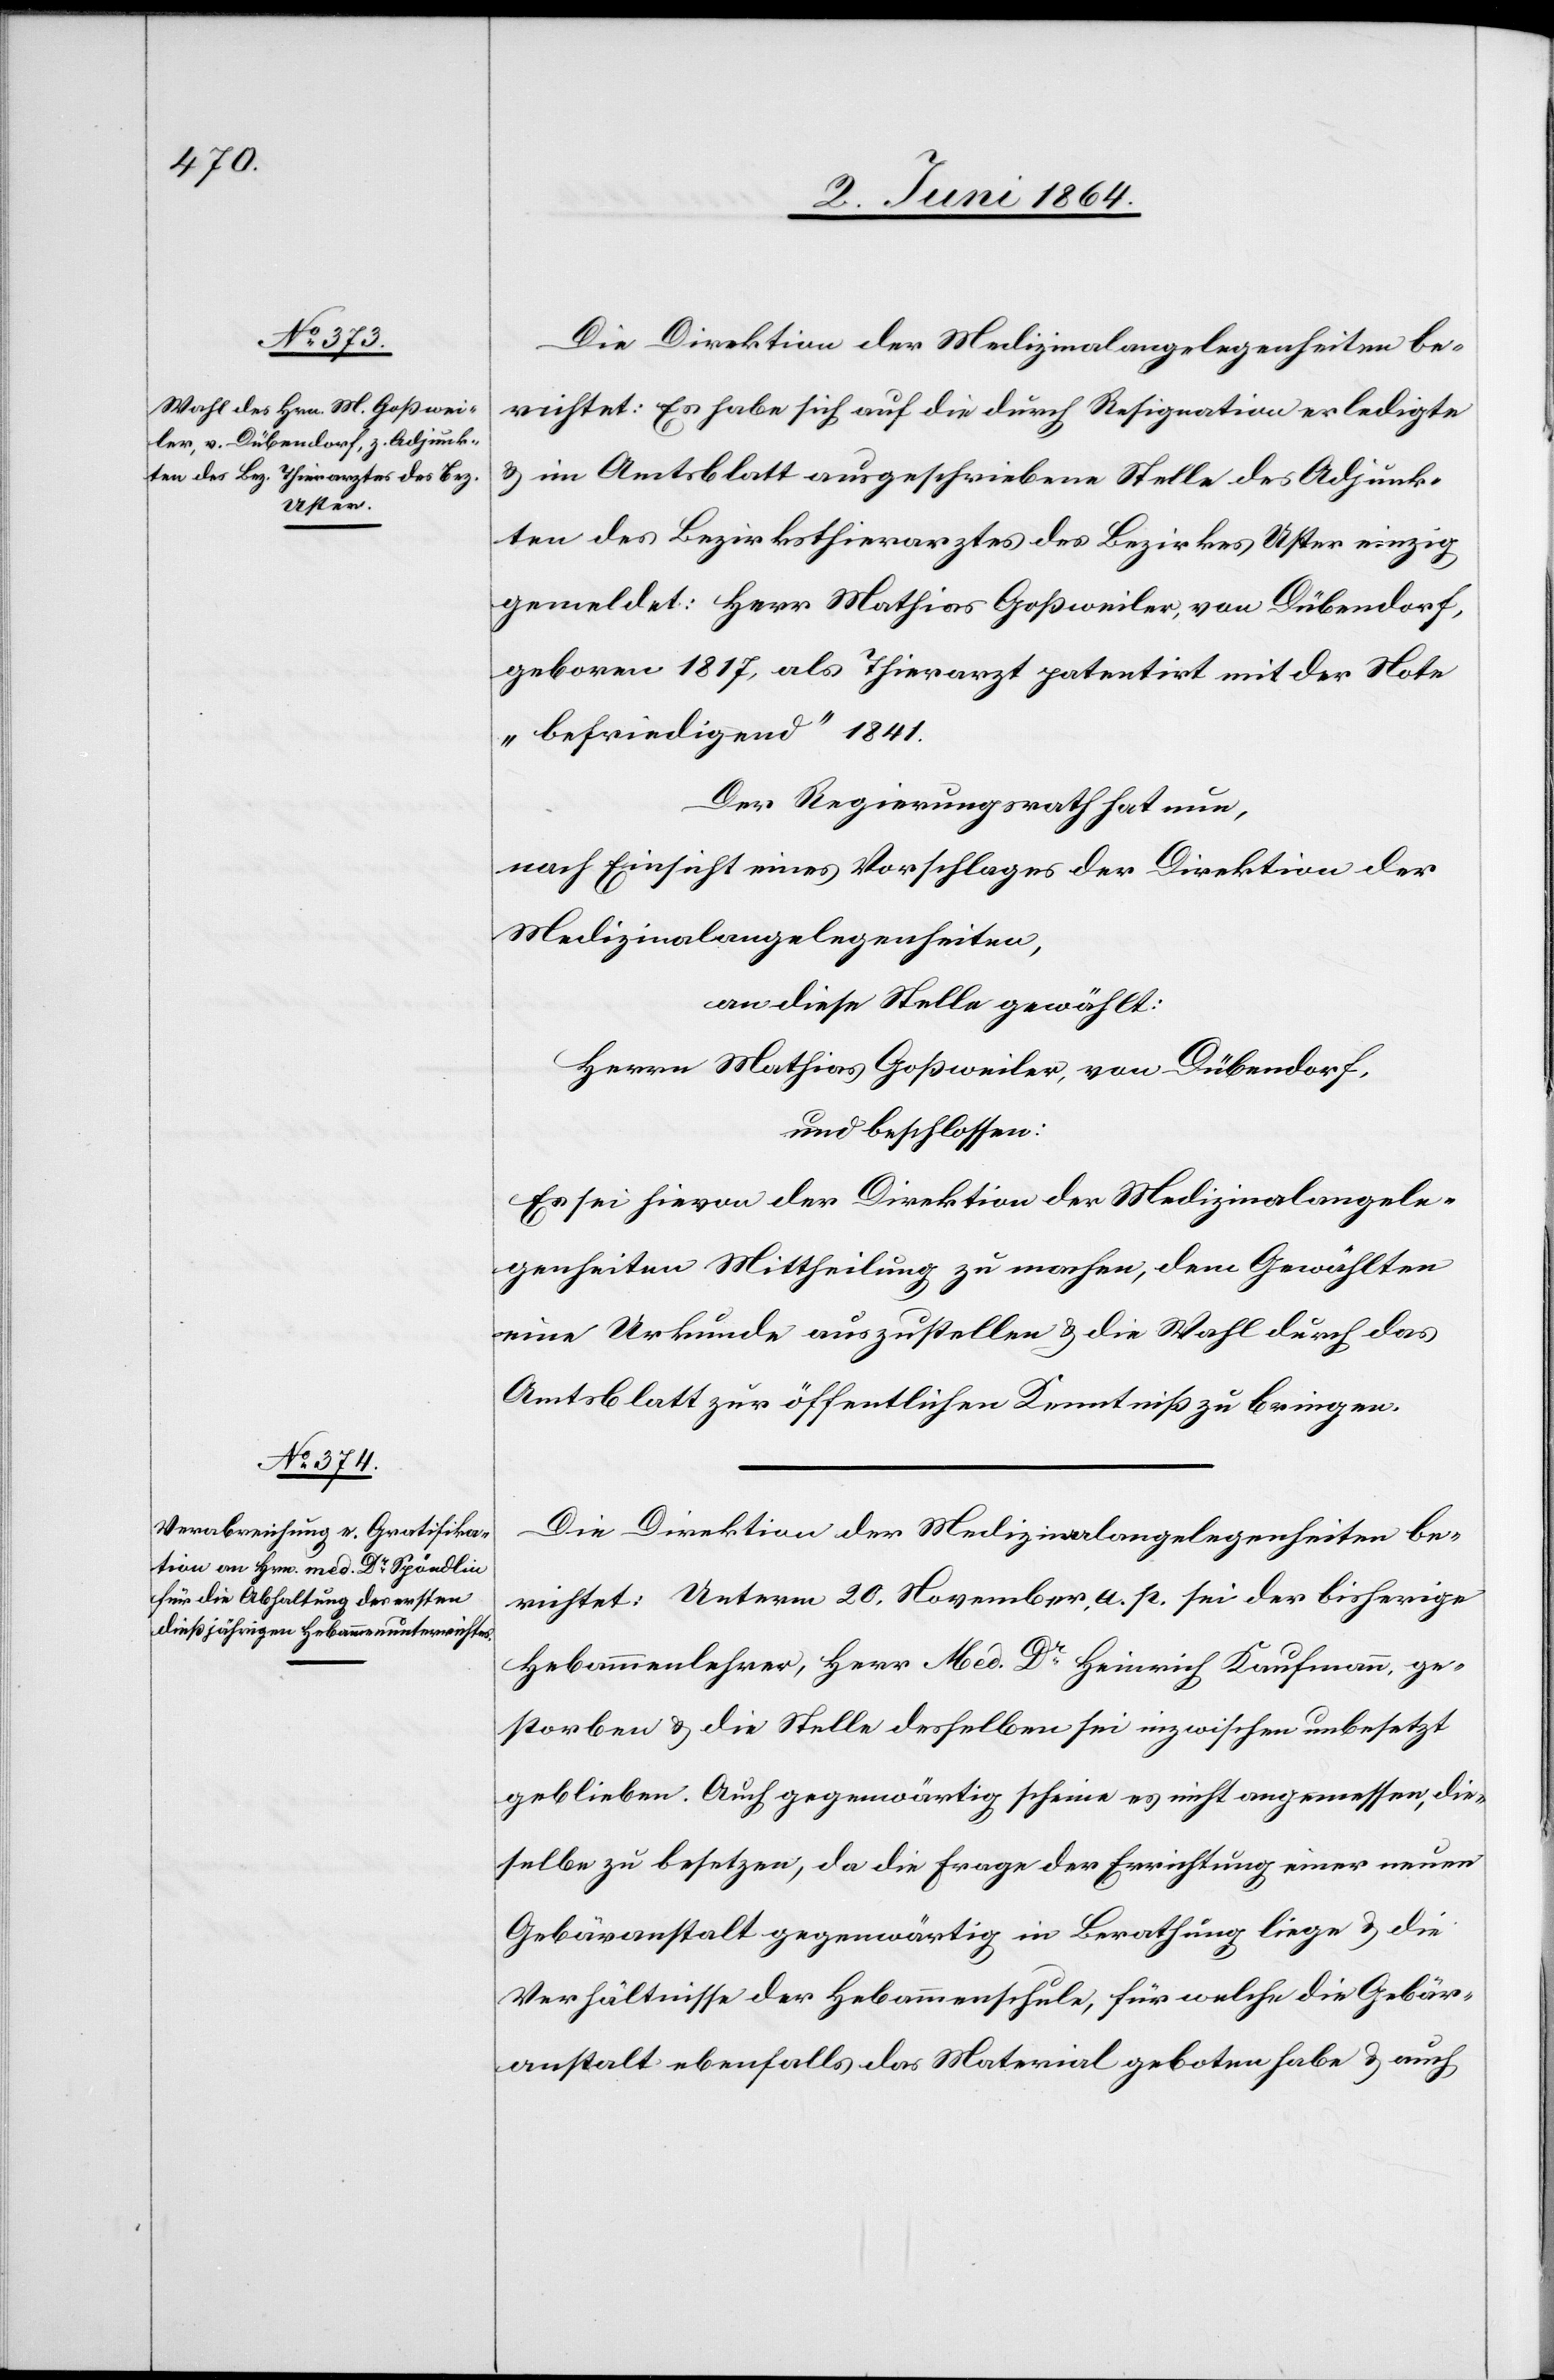
Die Direktion der Medizinalangelegenheiten be¬
richtet: Es habe sich auf die durch Resignation erledigte
u. im Amtsblatt ausgeschriebene Stelle des Adjunk¬
ten des Bezirksthierarztes des Bezirkes Uster einzig
gemeldet: Herr Mathias Goßweiler, von Dübendorf,
geboren 1817, als Thierarzt patentirt mit der Note
„befriedigend“ 1841.
Der Regierungsrath hat nun,
nach Einsicht eines Vorschlages der Direktion der
Medizinalangelegenheiten,
an diese Stelle gewählt:
Herrn Mathias Goßweiler, von Dübendorf,
und beschlossen:
Es sei hievon der Direktion der Medizinalangele¬
genheiten Mittheilung zu machen, dem Gewählten
eine Urkunde auszustellen u. die Wahl durch das
Amtsblatt zur öffentlichen Kenntniß zu bringen.
Die Direktion der Medizinalangelegenheiten be¬
richtet: Unterm 20. November, a. p. sei der bisherige
Hebammenlehrer, Herr Med. Dr Heinrich Kaufmann, ge¬
storben u. die Stelle desselben sei inzwischen unbesetzt
geblieben. Auch gegenwärtig scheine es nicht angemessen, die¬
selbe zu besetzen, da die Frage der Errichtung einer neuen
Gebäranstalt gegenwärtig in Berathung liege u. die
Verhältnisse der Hebammenschule, für welche die Gebär¬
anstalt ebenfalls das Material geboten habe u. auch